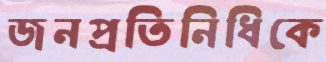
জনপ্রতিনিধিকে